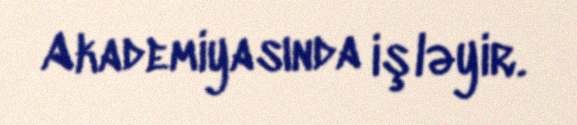
Akademiyasında işləyir.